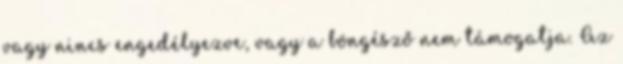
vagy nincs engedélyezve, vagy a böngésző nem támogatja. Az